Bombay plague: being a history of the progress of plague in the Bombay presidency from September 1896 to June 1899
Year: 1896
Disease focus: Plague
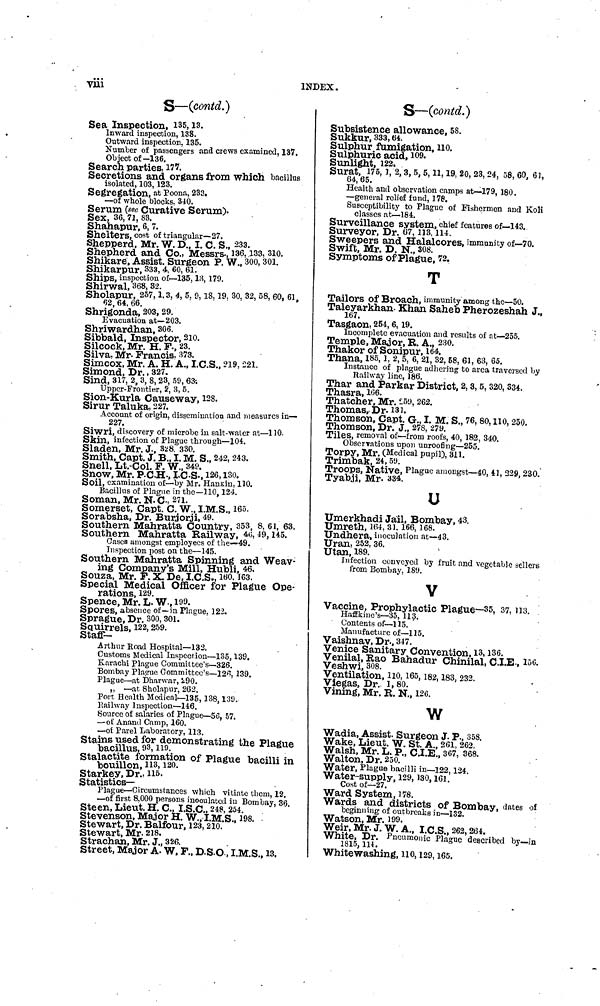
viii
INDEX.
S—(contd.)
Sea Inspection, 135, 13.
Inward inspection, 138.
Outward inspection, 135.
Number of passengers and crews examined, 137.
Object of—136.
Search parties, 177.
Secretions and organs from which bacillus
isolated, 103, 123.
Segregation, at Poona, 233.
—of whole blocks. 340.
Serum (see Curative Serum).
Sex, 36, 71, 83.
Shahapur, 6, 7.
Shelters, cost of triangular—27.
Shepperd, Mr. W. D., I. C. S., 233.
Shepherd and Co., Messrs., 136, 133, 310.
Shikare, Assist. Surgeon P. W., 300, 301.
Shikarpur, 333, 4, 60, 61.
Ships, inspection of—135, 13, 179.
Shirwal, 368, 32.
Sholapur, 257, 1, 3, 4, 5, 9, 18, 19, 30, 32, 58, 60, 61,
62, 64, 66.
Shrigonda, 203, 29.
Evacuation at—203.
Shriwardhan, 306.
Sibbald, Inspector, 210.
Silcock, Mr. H. P., 23.
Silva, Mr. Francis. 373.
Simcox, Mr. A. H. A., I.C.S., 219, 221.
Simond, Dr., 327.
Sind, 317, 2, 3, 8, 23, 59, 63.
Upper-Frontier, 2, 3, 5.
Sion-Kurla Causeway, 128.
Sirur Taluka, 227.
Account of origin, dissemination and measures in—
227.
Siwri, discovery of microbe in salt-water at—110.
Skin, infection of Plague through—104.
Sladen, Mr. J., 328. 330.
Smith, Capt. J. B., I. M. S., 242, 243.
Snell, Lt.-Col. F. W., 349.
Snow, Mr. P.C.H., I.C.S., 126, 130.
Soil, examination of—by Mr. Hankin, 110.
Bacillus of Plague in the—110, 124.
Soman, Mr. N. C. 271.
Somerset, Capt. C. W., I.M.S., 165.
Sorabsha, Dr. Burjorji, 49.
Southern Mahratta Country, 353, 8, 61, 63.
Southern Mahratta Railway, 46, 49, 145.
Gases amongst employees of the—49.
Inspection post on the—145.
Southern Mahratta Spinning and Weav-
ing Company's Mill, Hubli, 46.
Souza, Mr. F. X. De, I.C.S., 160, 163.
Special Medical Officer for Plague Ope-
rations, 129.
Spence, Mr. L- W., 199.
Spores, absence of—in Plague, 122.
Sprague, Dr. 300, 301.
Squirrels, 122, 259.
Staff-
Arthur Road Hospital—132.
Customs Medical Inspection—135, 139.
Karachi Plague Committee's—326.
Bombay Plague Committee's—126, 139.
Plague—at Dharwar, 290.
„ —at Sholapur, 262.
Port Health Medical—135, 138, 139.
Railway Inspection—146.
Source of salaries of Plague—56, 57.
—of Anand Camp, 160.
—of Parel Laboratory, 113.
Stains used for demonstrating the Plague
bacillus, 93, 119.
Stalactite formation of Plague bacilli in
bouillon, 113, 120.
Starkey, Dr., 115.
Statistics-
Plague—Circumstances which vitiate them, 12.
—of first 8.000 persons inoculated in Bombay, 38
Steen, Lieut. H. C., I.S.C., 248, 254.
Stevenson, Major H. W., I.M.S., 198.
Stewart, Dr. Balfour, 123, 210.
Stewart, Mr. 218.
Strachan, Mr. J., 326.
Street, Major A. W. F., D.S.O, I.M.S., 13.
S—(contd.)
Subsistence allowance, 58.
Sukkur, 333, 64.
Sulphur fumigation, 110.
Sulphuric acid, 109.
Sunlight, 122.
Surat, 175, 1, 2, 3, 5, 5, 11, 19, 20, 23, 24, 58, 60, 61,
64, 65.
Health and observation camps at—-179, 180.
—general relief fund, 178.
Susceptibility to Plague of Fishermen and Koli
classes at—184.
Surveillance system, chief features of—143.
Surveyor, Dr. 67, 113, 114.
Sweepers and Halalcores, immunity of—70.
Swift, Mr. D. N., 308.
Symptoms of Plague, 72.
T
Tailors Of Broach, immunity among the—50.
Taleyarkhan- Khan Saheb Pherozeshah J.,
167.
Tasgaon, 254, 6, 19.
Incomplete evacuation and results of at—255.
Temple, Major, R. A., 230.
Thakor of Sonipur, 164.
Thana, 185, 1. 2, 5, 6, 21, 32, 58, 61, 63, 65.
Instance of plague adhering to area traversed by
Railway line, 186.
Thar and Parkar District, 2, 3, 5, 320, 334.
Thasra, 166.
Thatcher, Mr. 259, 262.
Thomas, Dr. 131.
Thomson, Capt. G., I. M. S., 76, 80, 110, 250.
Thomson, Dr. J., 278, 279.
Tiles, removal of—from roofs, 40, 182, 340.
Observations upon unroofing—255.
Torpy, Mr. (Medical pupil), 311.
Trimbak, 24, 59.
Troops, Native, Plague amongst—40, 41, 229, 230.
Tyabji, Mr. 334.
U
Umerkhadi Jail, Bombay, 43.
Umreth, 164, 31, 166, 168.
Undhera, inoculation at—43.
Uran, 252, 36.
Utan, 189.
Infection conveyed by fruit and vegetable sellers
from Bombay. 189.
V
Vaccine, Prophylactic Plague—35, 37, 113. .
Haffkine's—35, 113.
Contents of—115.
Manufacture of—115.
Vaishnav, Dr., 347.
Venice Sanitary Convention, 13, 136.
Venilal, Rao Bahadur Chinilal, C.I.E., 156.
Veshwi, 308.
Ventilation, 110, 165, 182, 183, 232.
Viegas, Dr. 1, 80.
Vining, Mr. R. N., 126.
w
Wadia, Assist. Surgeon J. P., 358.
Wake, Lieut. W. St. A., 261, 262.
Walsh, Mr. L. P., C.I.E., 367, 368.
Walton, Dr. 250.
Water, Plague bacilli in—122, 124.
Water-supply, 129, 130, 161.
Cost of—27.
Ward System, 178.
Wards and districts of Bombay, dates of
beginning of outbreaks in—132.
Watson, Mr. 199.
Weir, Mr. J. W. A., I.C.S., 262, 264.
White, Dr. Pneumonic Plague described by—in
1815,
114.
Whitewashing, 110, 129, 165.